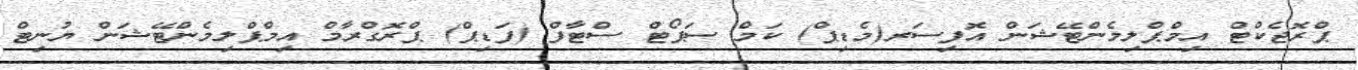
ޕްރޮޖެކްޓް އިމްޕްލިމެންޓޭޝަން އޮފިސަރ(މެޑިޕް) ކަމް ސަޕޯޓް ސްޓާފް (ފަޑިޕް) ޕްރޮގްރާމް އިމްޕްލިމެންޓޭޝަން ޔުނިޓް